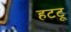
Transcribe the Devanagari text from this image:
हटटू